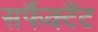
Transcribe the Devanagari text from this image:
सर्फैक्टैंट